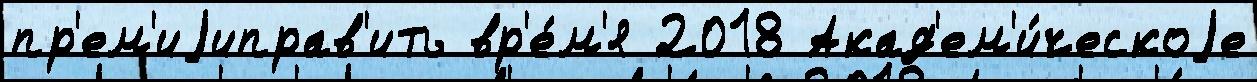
пр'ем'иjиправ'ить вр'е́м'я 2018 Акад'ем'и́ческоjе